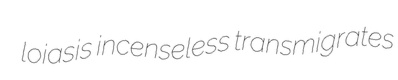
loiasis incenseless transmigrates